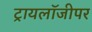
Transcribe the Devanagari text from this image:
ट्रायलॉजीपर